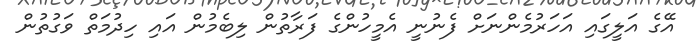
އޭގެ އަލީގައި އަހަރުމެންނަށް ފެނުނީ އެމީހުންގެ ފަރާތުން ލިބެމުން އައި ހިދުމަތް ވަގުތުން